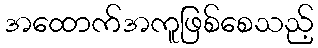
အထောက်အကူဖြစ်စေသည့်